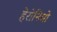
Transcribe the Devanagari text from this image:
हेरोनिमो